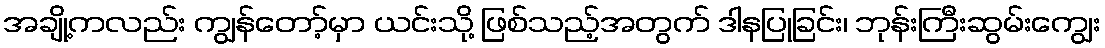
အချို့ကလည်း ကျွန်တော့်မှာ ယင်းသို့ ဖြစ်သည့်အတွက် ဒါနပြုခြင်း၊ ဘုန်းကြီးဆွမ်းကျွေး